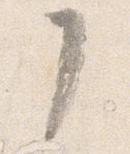
了